Sanitation, dispensaries and jails vaccination Rajputana 1922-1927 - 1922-1927
Year: 1922
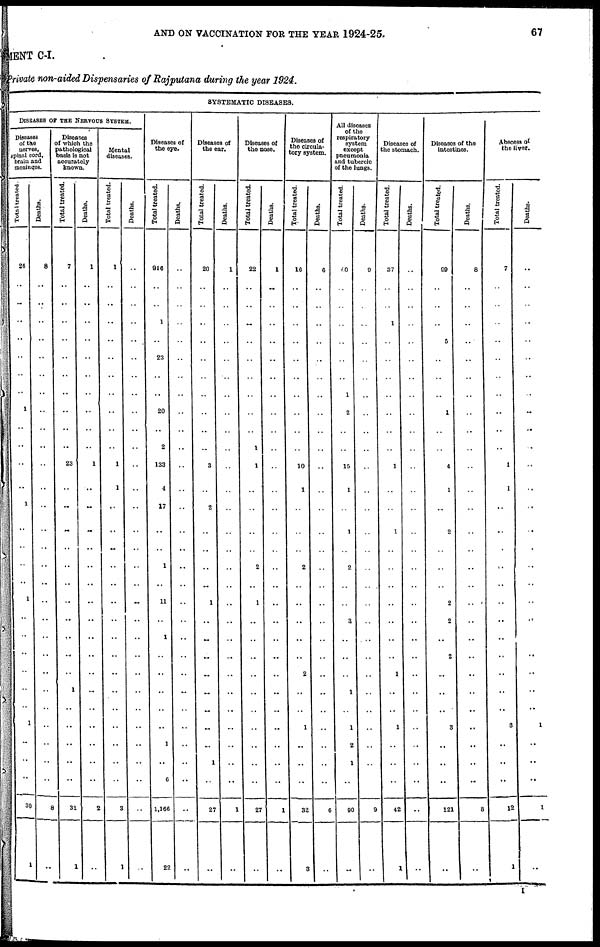
AND ON VACCINATION FOR THE YEAR 1924-25.
67
MENT C-I.
Private non-aided Dispensaries of Rajputana during the year 1924.
SYSTEMATIC DISEASES.
DISEASES OF THE NERVOUS SYSTEM.
Diseases
of the
nerves,
spinal cord,
brain and
meninges.
Total treated.
26
..
..
..
..
..
..
..
1
..
..
..
..
1
..
..
..
..
1
..
..
..
..
..
..
1
..
..
..
30
1
Deaths.
8
..
..
..
..
..
..
..
..
..
..
..
..
..
..
..
..
..
..
..
..
..
..
..
..
..
..
..
..
8
..
Diseases
of which the
pathological
basis is not
accurately
known.
Total treated.
7
..
..
..
..
..
..
..
..
..
..
23
..
..
..
..
..
..
..
..
..
..
..
1
..
..
..
..
..
31
1
Deaths.
1
..
..
..
..
..
..
..
..
..
..
1
..
..
..
..
..
..
..
..
..
..
..
..
..
..
..
..
..
2
..
Mental
diseases.
Total treated.
1
..
..
..
..
..
..
..
..
..
..
1
1
..
..
..
..
..
..
..
..
..
..
..
..
..
..
..
..
3
1
Deaths.
..
..
..
..
..
..
..
..
..
..
..
..
..
..
..
..
..
..
..
..
..
..
..
..
..
..
..
..
..
..
..
Diseases of
the eye.
Total treated.
916
..
..
1
..
23
..
..
20
..
2
133
4
17
..
..
1
..
11
..
1
..
..
..
..
..
1
..
6
1,166
22
Deaths.
..
..
..
..
..
..
..
..
..
..
..
..
..
..
..
..
..
..
..
..
..
..
..
..
..
..
..
..
..
..
..
Diseases of
the ear.
Total treated.
20
..
..
..
..
..
..
..
..
..
..
3
..
2
..
..
..
..
1
..
..
..
..
..
..
..
..
1
..
27
..
Deaths.
1
..
..
..
..
..
..
..
..
..
..
..
..
..
..
..
..
..
..
..
..
..
..
..
..
..
..
..
..
1
..
Diseases of
the nose.
Total treated.
22
..
..
..
..
..
..
..
..
..
1
1
..
..
..
..
2
..
1
..
..
..
..
..
..
..
..
..
..
27
..
Deaths.
1
..
..
..
..
..
..
..
..
..
..
..
..
..
..
..
..
..
..
..
..
..
..
..
..
..
..
..
..
1
..
Diseases of
the circula-
tory system.
Total treated.
16
..
..
..
..
..
..
..
..
..
..
10
1
..
..
..
2
..
..
..
..
..
2
..
..
1
..
..
..
32
3
Deaths.
6
..
..
..
..
..
..
..
..
..
..
..
..
..
..
..
..
..
..
..
..
..
..
..
..
..
..
..
..
6
..
All diseases
of the
respiratory
system
except
pneumonia
and tubercle
of the lungs.
Total treated.
60
..
..
..
..
..
..
1
2
..
..
15
1
..
1
..
2
..
..
3
..
..
..
1
..
1
2
1
..
90
..
Deaths.
9
..
..
..
..
..
..
..
..
..
..
..
..
..
..
..
..
..
..
..
..
..
..
..
..
..
..
..
..
9
..
Diseases of
the stomach.
Total treated.
37
..
..
1
..
..
..
..
..
..
..
1
..
..
1
..
..
..
..
..
..
..
1
..
..
1
..
..
..
42
1
Deaths.
..
..
..
..
..
..
..
..
..
..
..
..
..
..
..
..
..
..
..
..
..
..
..
..
..
..
..
..
..
..
..
Diseases of the
intestines.
Total treated.
99
..
..
..
5
..
..
..
1
..
..
4
1
..
2
..
..
..
2
2
..
2
..
..
..
3
..
..
..
121
..
Deaths.
8
..
..
..
..
..
..
..
..
..
..
..
..
..
..
..
..
..
..
..
..
..
..
..
..
..
..
..
..
8
..
Abscess of
the liver.
Total treated.
7
..
..
..
..
..
..
..
..
..
..
1
1
..
..
..
..
..
..
..
..
..
..
..
..
3
..
..
..
12
1
Deaths.
..
..
..
..
..
..
..
..
..
..
..
..
..
..
..
..
..
..
..
..
..
..
..
..
..
1
..
..
..
1
I